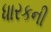
ધારકની